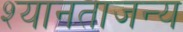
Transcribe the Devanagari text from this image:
श्यानताजन्य